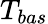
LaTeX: T_{bas}